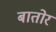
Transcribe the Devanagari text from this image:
बातोर